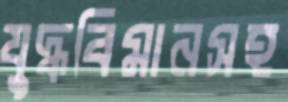
যুদ্ধবিমানসহ